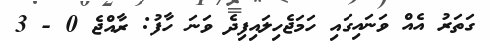
ގަތަރު އެއް ވަނައިގައި ހަަަމަޖެހިލައިފިދެ ވަނަ ހާފު: ރާއްޖެ 0 - 3